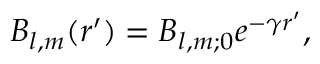
\boldsymbol B _ { l , m } ( r ^ { \prime } ) = \boldsymbol B _ { l , m ; 0 } e ^ { - \gamma r ^ { \prime } } ,